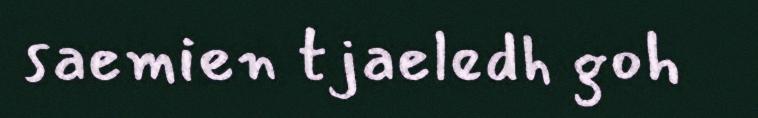
saemien tjaeledh goh